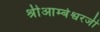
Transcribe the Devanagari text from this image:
श्रीआम्बेश्वरजी